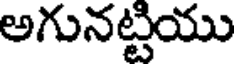
అగునట్టియు